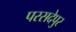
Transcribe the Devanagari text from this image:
परसदेपुर